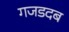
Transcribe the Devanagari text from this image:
गजडदब